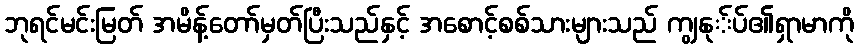
ဘုရင်မင်းမြတ် အမိန့်တော်မှတ်ပြီးသည်နှင့် အစောင့်စစ်သားများသည် ကျွနု်ပ်၏ရှာမာကို